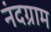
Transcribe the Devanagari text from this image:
नंदग्राम